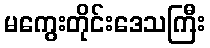
မကွေးတိုင်းဒေသကြီး